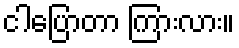
ငါပြောတာ ကြားလား။